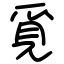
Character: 覓